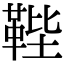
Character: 𩊰